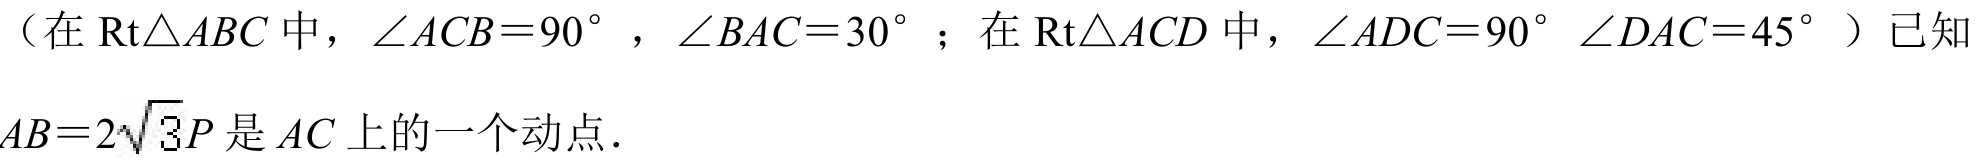
（在\(\text{Rt}\triangle ABC\)中，\(\angle ACB = 90^{\circ}\)，\(\angle BAC = 30^{\circ}\)；在\(\text{Rt}\triangle ACD\)中，\(\angle ADC = 90^{\circ}\) \(\angle DAC = 45^{\circ}\)）已知\(AB = 2\sqrt{3}\)，\(P\)是\(AC\)上的一个动点.